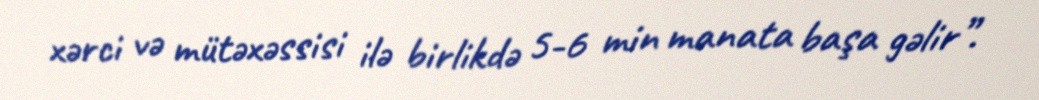
xərci və mütəxəssisi ilə birlikdə 5-6 min manata başa gəlir”.